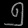
Digit: ၅